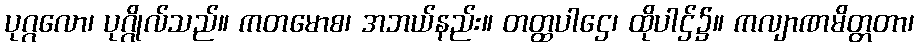
ပုဂ္ဂလော၊ ပုဂ္ဂိုလ်သည်။ ကတမောစ၊ အဘယ်နည်း။ တတ္ထပါဌေ၊ ထိုပါဌ်၌။ ကလျာဏမိတ္တတာ၊